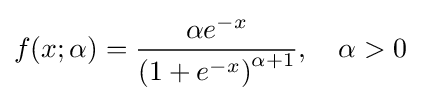
f(x;\alpha )={\frac {\alpha e^{-x}}{\left(1+e^{-x}\right)^{\alpha +1}}},\quad \alpha >0